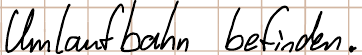
Umlaufbahn befinden.